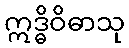
ဣဒ္ဓိဝိဓာသု